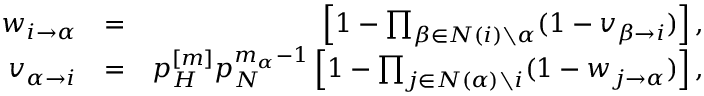
\begin{array} { r l r } { w _ { i \rightarrow \alpha } } & { = } & { \left[ 1 - \prod _ { \beta \in N ( i ) \setminus \alpha } ( 1 - v _ { \beta \rightarrow i } ) \right] , } \\ { v _ { \alpha \rightarrow i } } & { = } & { p _ { H } ^ { [ m ] } p _ { N } ^ { m _ { \alpha } - 1 } \left[ 1 - \prod _ { j \in N ( \alpha ) \setminus i } ( 1 - w _ { j \rightarrow \alpha } ) \right] , } \end{array}